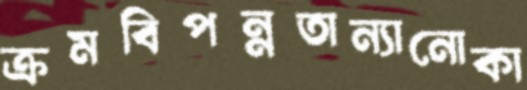
ক্রমবিপন্নতান্যানোকা